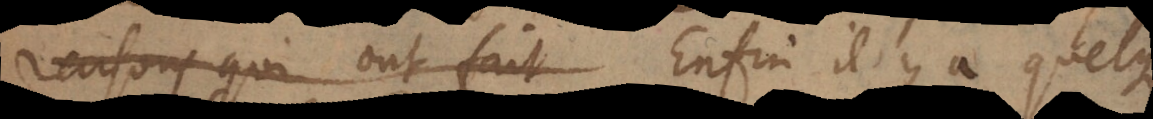
raisons qui ont fait Enfin il y a quelq